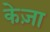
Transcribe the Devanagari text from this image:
केज़ा